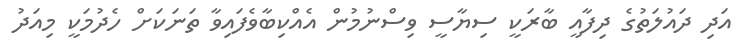
އަދި ދައުލަތުގެ ދިފާއީ ބާރަކީ ސިޔާސީ ވިސްނުމުން އެއްކިބާވެފައިވާ ތަނަކަށް ހެދުމަކީ މިއަދު